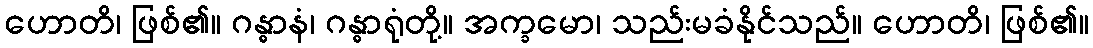
ဟောတိ၊ ဖြစ်၏။ ဂန္ဓာနံ၊ ဂန္ဓာရုံတို့။ အက္ခမော၊ သည်းမခံနိုင်သည်။ ဟောတိ၊ ဖြစ်၏။